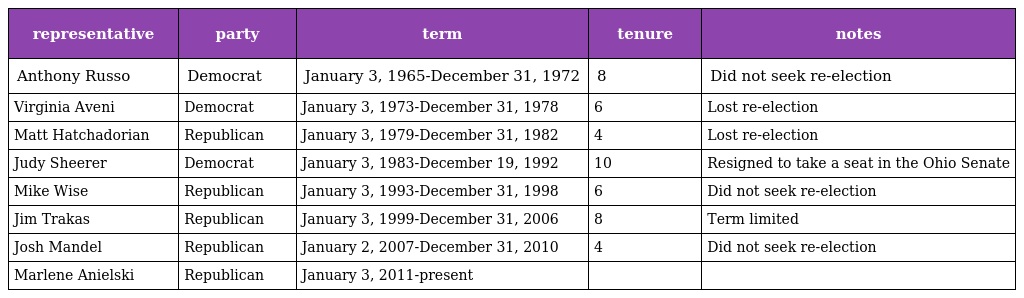
| representative | party | term | tenure | notes |
 | --- | --- | --- | --- | --- |
 | Anthony Russo | Democrat | January 3, 1965-December 31, 1972 | 8 | Did not seek re-election |
 | Virginia Aveni | Democrat | January 3, 1973-December 31, 1978 | 6 | Lost re-election |
 | Matt Hatchadorian | Republican | January 3, 1979-December 31, 1982 | 4 | Lost re-election |
 | Judy Sheerer | Democrat | January 3, 1983-December 19, 1992 | 10 | Resigned to take a seat in the Ohio Senate |
 | Mike Wise | Republican | January 3, 1993-December 31, 1998 | 6 | Did not seek re-election |
 | Jim Trakas | Republican | January 3, 1999-December 31, 2006 | 8 | Term limited |
 | Josh Mandel | Republican | January 2, 2007-December 31, 2010 | 4 | Did not seek re-election |
 | Marlene Anielski | Republican | January 3, 2011-present |  |  |